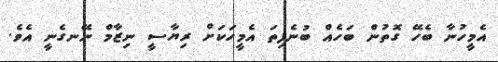
އެމީހުނާ ބެހޭ ގޮތުން ބަހެއް ބުނެފިތަ އެމީހަކަށް ރިޔާސީ ނިޒާމް ނޭނގެނީ އެވެ.